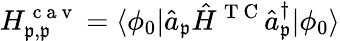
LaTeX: H_{\mathfrak{p},\mathfrak{p}}^{\mathrm{{~c~a~v~}}}=\langle\phi_{0}|\hat{{a}}_{\mathfrak{p}}\hat{{H}}^{\mathrm{{~T~C~}}}\hat{{a}}_{\mathfrak{p}}^{\dagger}|\phi_{0}\rangle